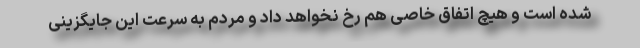
شده است و هیچ اتفاق خاصی هم رخ نخواهد داد و مردم به سرعت این جایگزینی